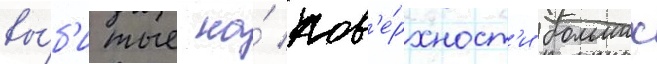
вы́б'итые на́ пов'е́рхност'и больших